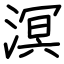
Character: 溟